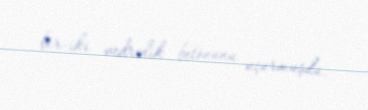
bir-iki vedrəlik betonunu uçurmuşdu.